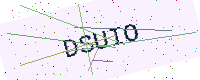
Text: DSUIO